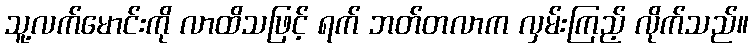
သူ့လက်မောင်းကို လာထိသဖြင့် ရက် ဘတ်တလာက လှမ်းကြည့် လိုက်သည်။